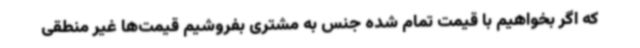
که اگر بخواهیم با قیمت تمام شده جنس به مشتری بفروشیم قیمت‌ها غیر منطقی